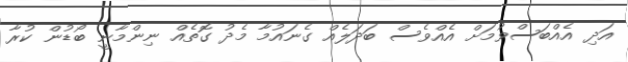
އަދި އެއްބަސްވުމަށް އެއްވެސް ބަދަލެއް ގެނައުމާ މެދު ގޮތެއް ނިންމާނީ ބޯޑުން ކުރާ